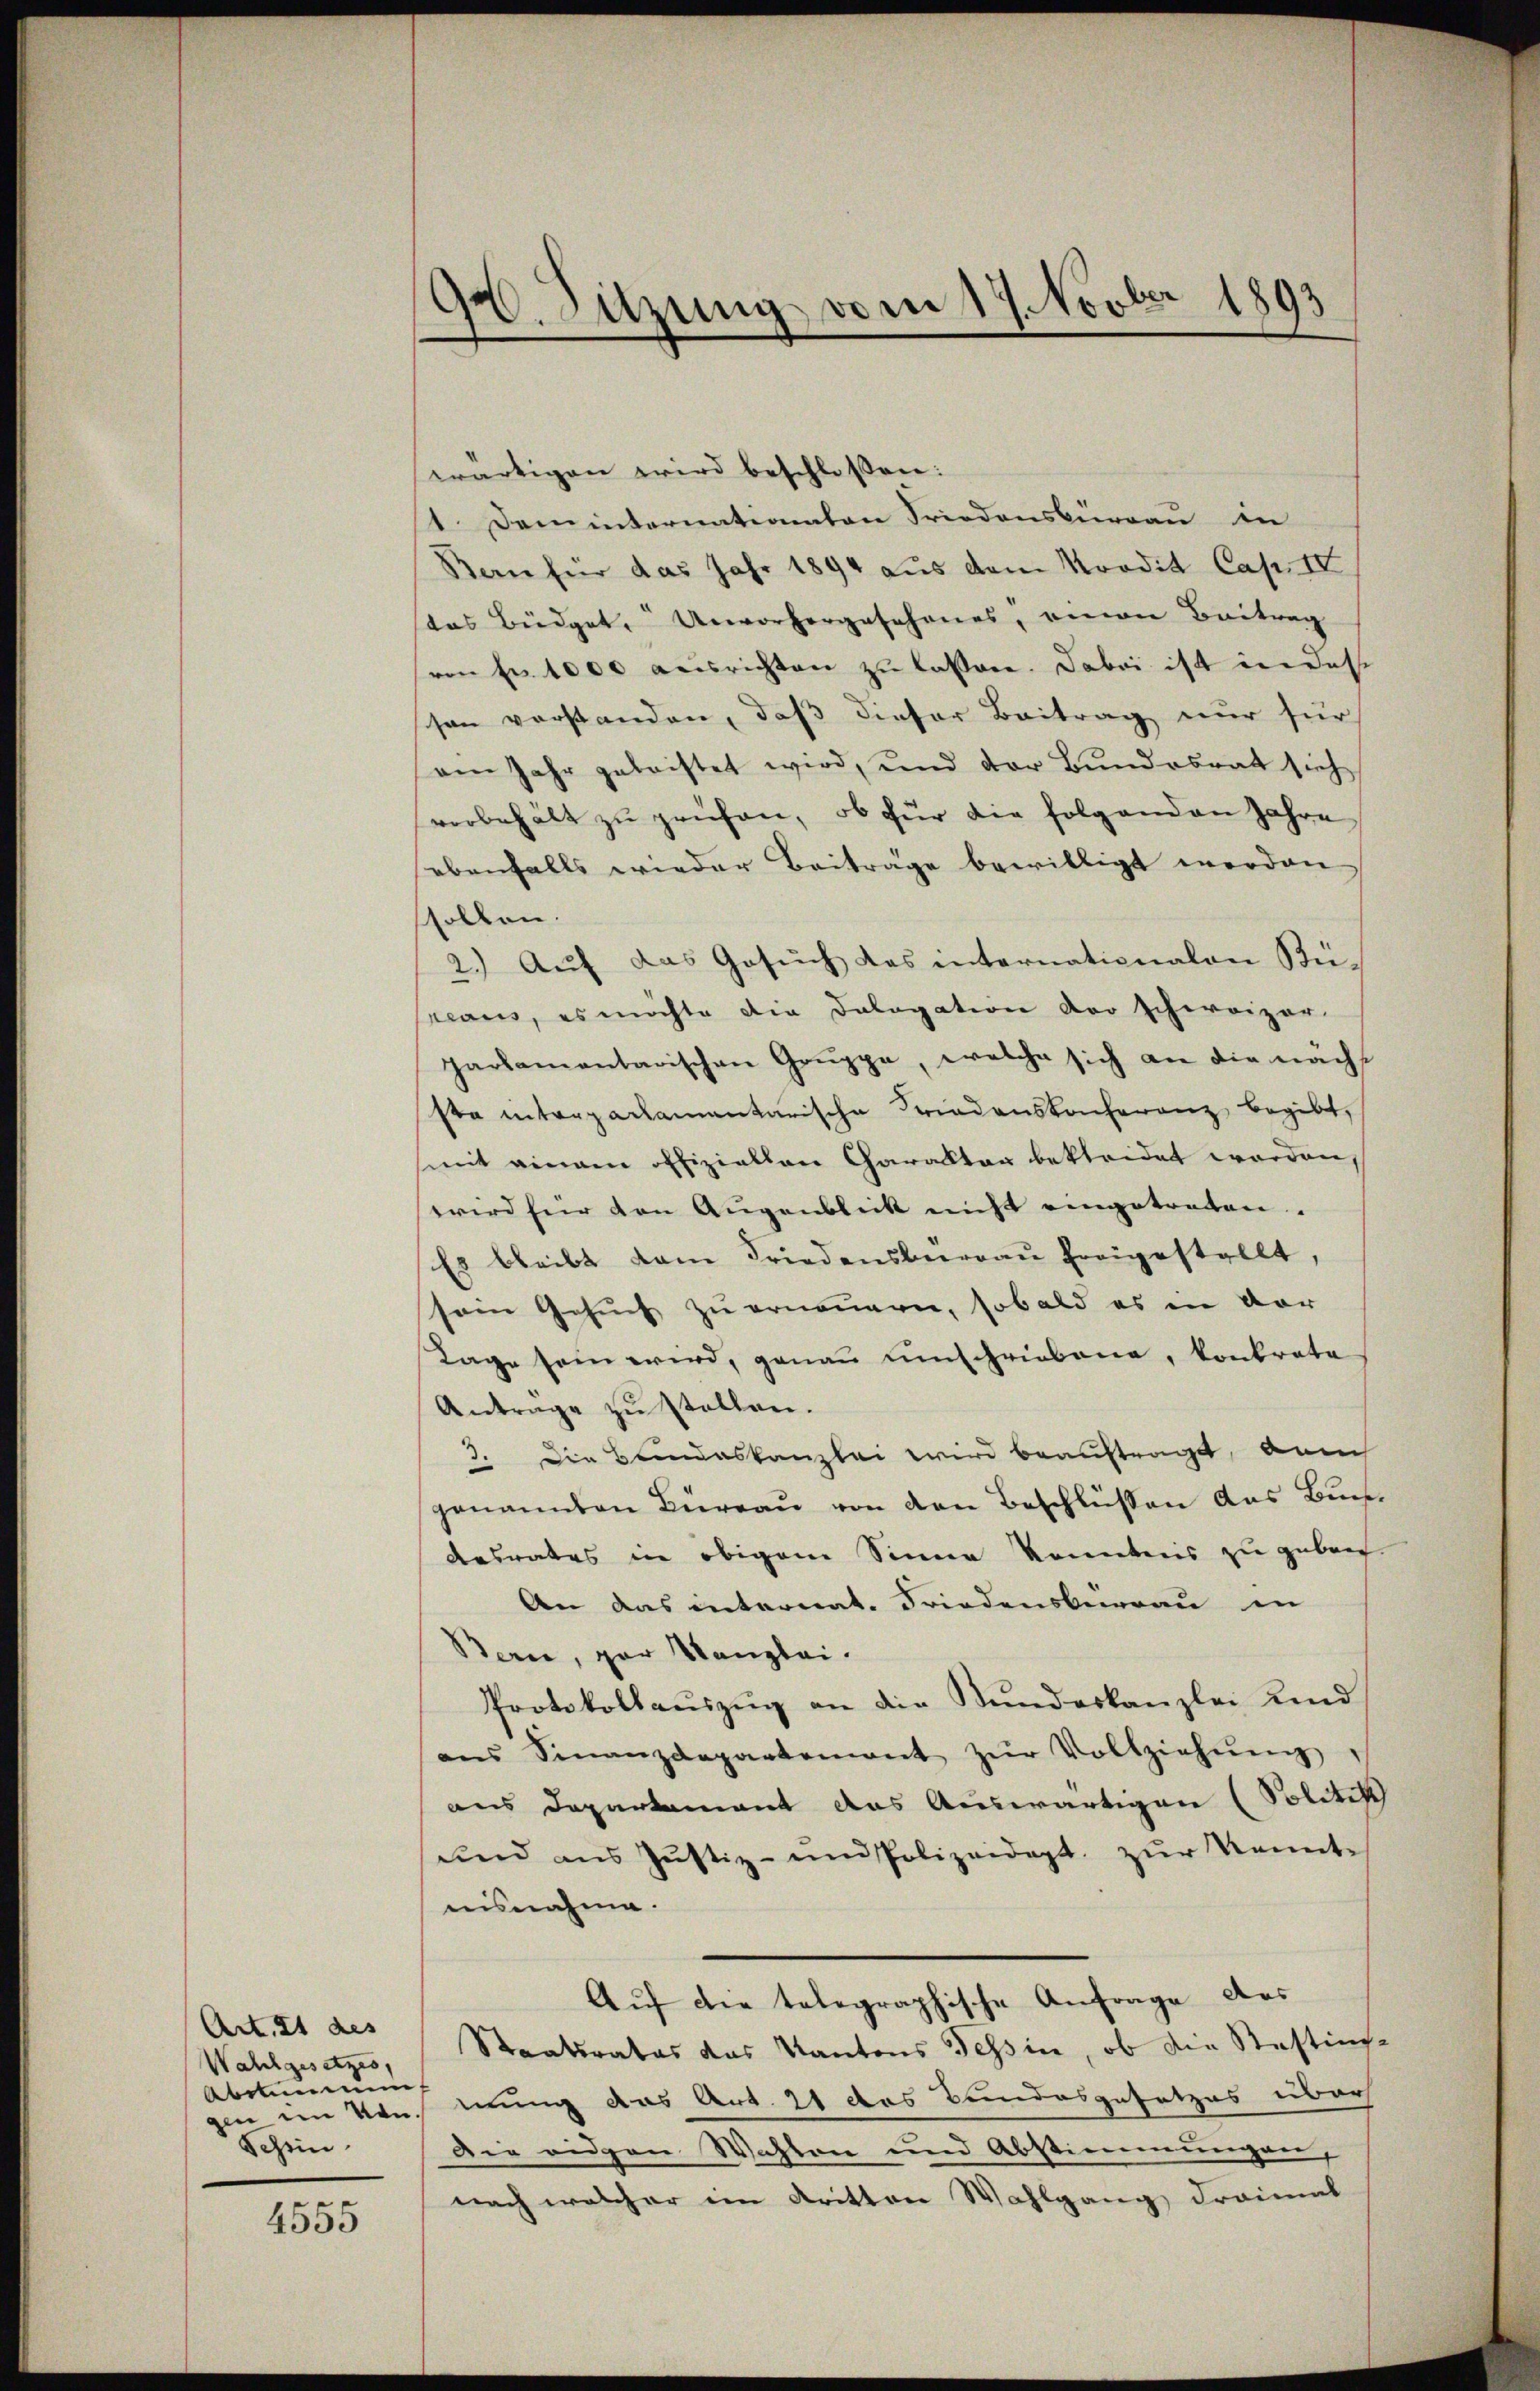
Art. 21 des
Wahlgesetzes,
Abstimmun
Schein

e
4555

94. Sitzung vom 17. Novber 1893

swärtigen wird beschlossen:
1. Deminternationaten Friedensburgau in
Bern für das Jahr 1894 aus dem Nordit Cap. IV
das Büdget, Unvorhergesehenes, einen Beitrag
von Fr. 1000 reisrichten zu lassen. Dabei ist in des
son verstanden, daß dieser Beitrag nur für
am Jahr geleistet wird, und der Bundesrat sich
vorbehält zŭ prüfen, ob für die folgenden Jahre
ebenfalls wieder Beiträge bewilligt worden
ssollen.
2.) Auf das Gesuch das internationalen Rüreaus, es möchte die Dologation der schweizer-
parlamentarischen Gruppe, welche sich an die nach
sta interpackamentarische Friedenskocherenz begibt,
mmit eingen offiziellen Charakter bekleidet worden,
wird für den Augenblick nicht eingetreten.
Es bleibt kam Friedensbeereaŭ freigestellt,
sein Gesuch zu ernennern, sobald es in vor
Tage sein wird, genau umschriebene, konkrete
Antrage zu stellen.
3. Die Bundeskanzlei wird beauftragt, danch
genannten Büreaŭ von den Beschlüßen das Buch¬
Aesrates in obigem Sinne konntens zu geben.
An das internat. Friedensberrau in
Berne, par Kanzlei.
Protokollauszug an die Stunderkanzlei Kind
aŭs Finanzdepartement zŭr Vollziehŭng
aus Departement das Auswärtigen (Solitik
ŭnd ans Jŭstiz- und Polizeidept. zŭr Kennte
uisnahme.
Aŭf die telegraphische Anfrage aus
Staatsrates das Kantons Tessin, ob die Stestins-
gen Vormung das Art. 21 das Bundesgesetzes über
Die eidgen Wahlen und Abstimmungen,
nach welcher im Kritten Wahlgang dreimat